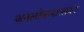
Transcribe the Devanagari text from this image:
जनलोकपालावर